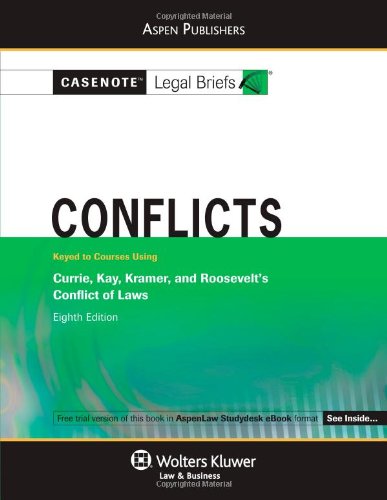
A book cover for Conflicts: Currie Kay Kramer & Roosevelt 8e (Casenote Legal Briefs); Casenote Legal Briefs Casenote Legal Briefs; Law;